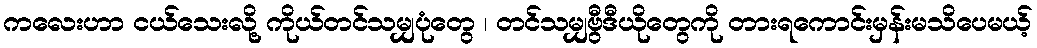
ကလေးဟာ ငယ်သေးလို့ ကိုယ်တင်သမျှပုံတွေ ၊ တင်သမျှဗွီဒီယိုတွေကို တားရကောင်းမှန်းမသိပေမယ့်